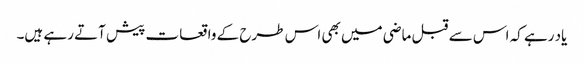
یاد رہے کہ اس سے قبل ماضی میں بھی اس طرح کے واقعات پیش آتے رہے ہیں۔